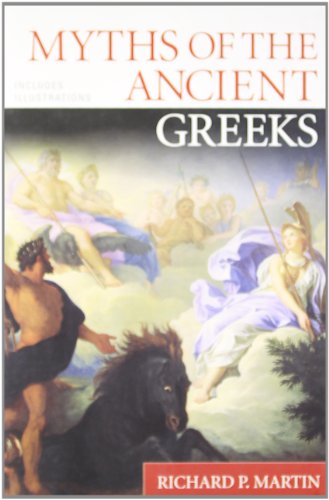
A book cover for Myths of the Ancient Greeks; Literature & Fiction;